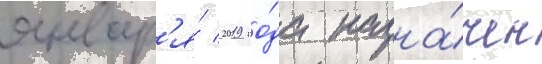
январ'я́ 2019 го́да назна́чен